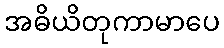
အဓိယိတုကာမာပေ